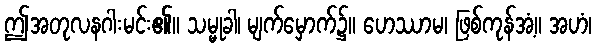
ဤအတုလနဂါးမင်း၏။ သမ္မုခါ၊ မျက်မှောက်၌။ ဟေဿာမ၊ ဖြစ်ကုန်အံ့။ အဟံ၊